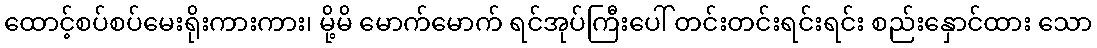
ထောင့်စပ်စပ်မေးရိုးကားကား၊ မို့မိ မောက်မောက် ရင်အုပ်ကြီးပေါ် တင်းတင်းရင်းရင်း စည်းနှောင်ထား သော